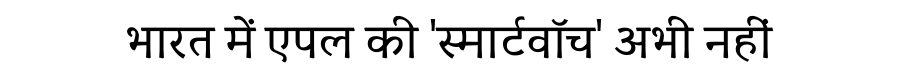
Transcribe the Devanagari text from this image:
भारत में एपल की 'स्मार्टवॉच' अभी नहीं